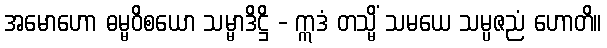
အမောဟော ဓမ္မဝိစယော သမ္မာဒိဋ္ဌိ - ဣဒံ တသ္မိံ သမယေ သမ္ပဇညံ ဟောတိ။